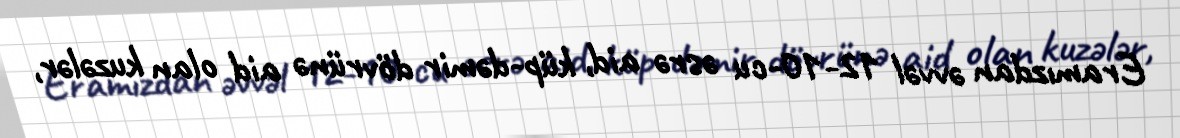
Eramızdan əvvəl 12-10-cu əsrə aid, küp-dəmir dövrünə aid olan kuzələr,